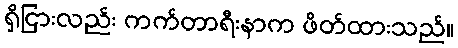
ရှိငြားလည်း ကက်တာရီးနာက ဖိတ်ထားသည်။